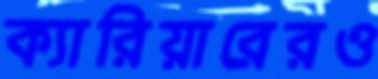
ক্যারিয়ারেরও